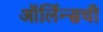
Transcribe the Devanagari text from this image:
ऑर्लिन्सची